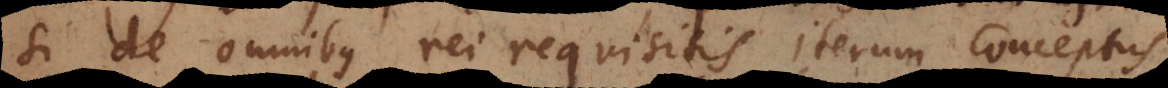
si de omnibus rei requisitis iterum conceptus